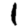
Digit: 1